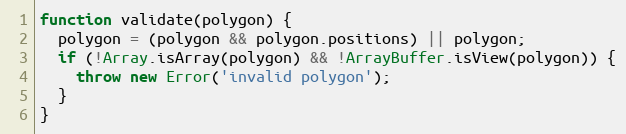
Language: JavaScript
function validate(polygon) {
  polygon = (polygon && polygon.positions) || polygon;
  if (!Array.isArray(polygon) && !ArrayBuffer.isView(polygon)) {
    throw new Error('invalid polygon');
  }
}